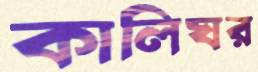
কালিঘর